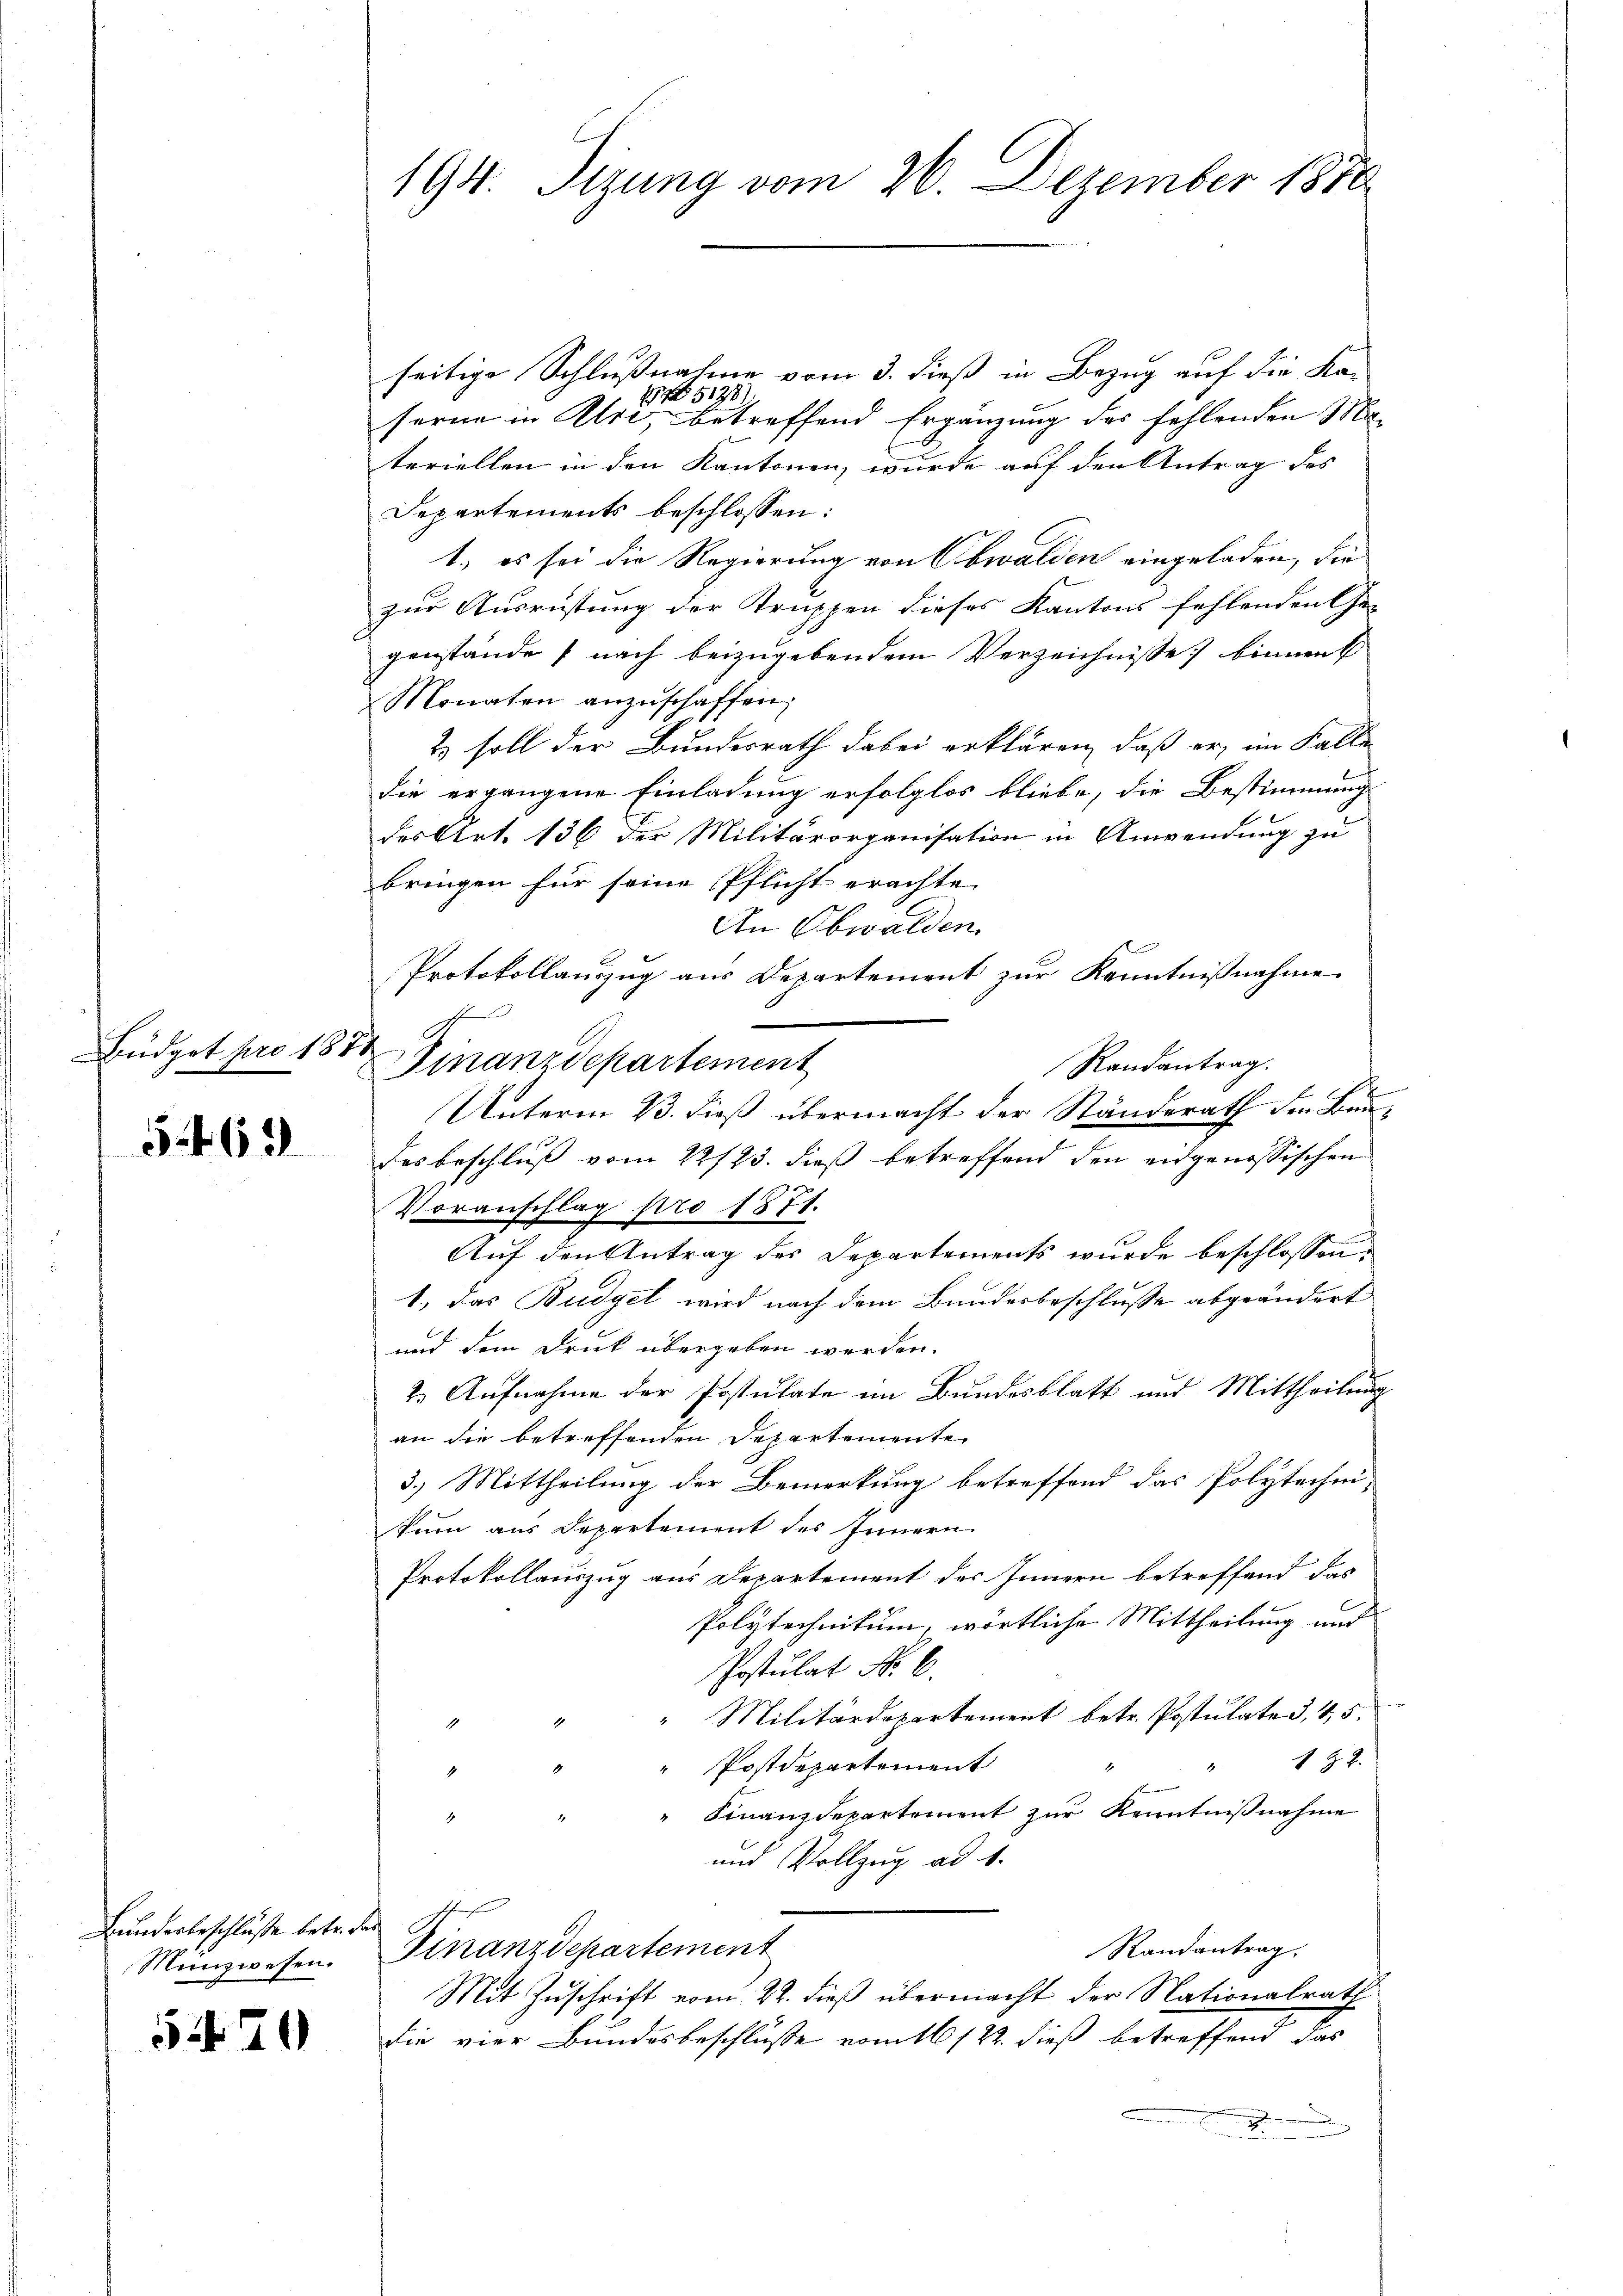
Büdget pro 1871

5 f. 62

Bunderbeschlüsse betr. des
Münzwesen.

570

194. Sizung vom 26. Dezember 1876.

seitige Schlußnahme vom 3. dieß in Bezug auf die Kan
serne in Art, betreffend Ergänzung des fehlenden Nateriellen in den Kantonen, wurde auf den Antrag des
Departements beschlossen:
1.) es sei die Regierung von Obwalden eingeladen, die
zur Ausrüstung der Truppen dieses Kantons fehlenden Ge-
genstände (nach beizugebendem Verzeichnisse binnen
Monaten anzŭschaffen;
2 soll der Bundesrath dabei erklären, daß er, im Falle
die ergangene Einladung erfolglos bliebe, die Bestimmung
des Art. 136 der Militärorganisation in Anwendung zu
bringen für seine Pflicht erachte
An Obwalden.
C
Protokollauszug aus Departement zur Kenntnißnahme
Randantrag.
f
Unterm 23. dieß übermacht der Ständerath den Baue
des beschluß vom 22/23. dieß betreffend den eidgenössischen
Voranschlag pro 1871.
Auf den Antrag der Departements wurde beschlossen:
1.) das Budget wird nach dem Bundesbeschlusse abgeändert
und dem Druck übergeben werden.
2. Aufnahme der Postulate im Bundesblatt und Mittheilung
an die betreffenden Departemente
3.) Mittheilung der Bemerkung betreffend das Polytechni-
Sinn aus Departement des Innern
Protokollauszug aus Departement des Innern betreffend das
Polytechnikum, wörtliche Mittheilung und
Postulat No. 6.
"Militärdepartement betr. Postulate d. 4, 5.
1 Z. Z.
Postdepartement
Finanzdepartement zur Kenntnißnahme
und Vollzug ad 1.
Randantrag.
Finanzdepartement
Mit Zuschrift vom 22. dieß übermacht der Nationalrath
Die vier Bundesbeschluße vom 16/22. dieß betreffend das

5128)

Finanzdepartement